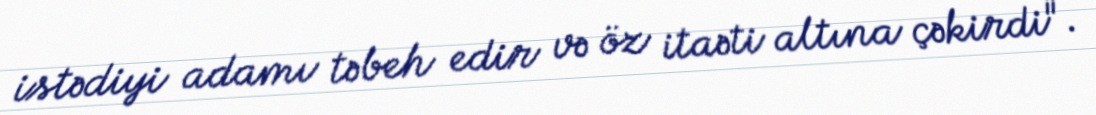
istədiyi adamı təbeh edir və öz itaəti altına çəkirdi".